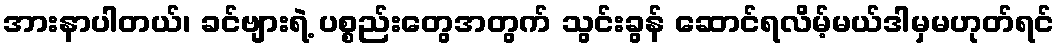
အားနာပါတယ်၊ ခင်ဗျားရဲ့ ပစ္စည်းတွေအတွက် သွင်းခွန် ဆောင်ရလိမ့်မယ်ဒါမှမဟုတ်ရင်